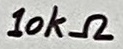
Text: 10kΩ